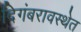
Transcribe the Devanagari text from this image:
दिगंबरावस्थेत